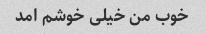
خوب من خیلی خوشم امد